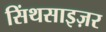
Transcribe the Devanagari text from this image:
सिंथसाइज़र